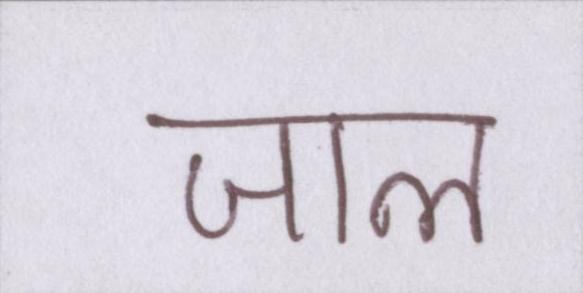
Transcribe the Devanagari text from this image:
जाल